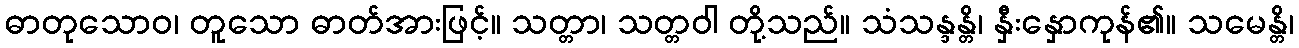
ဓာတုသောဝ၊ တူသော ဓာတ်အားဖြင့်။ သတ္တာ၊ သတ္တဝါ တို့သည်။ သံသန္ဒန္တိ၊ နှီးနှောကုန်၏။ သမေန္တိ၊